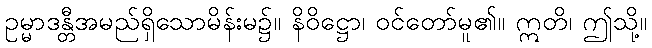
ဥမ္မာဒန္တီအမည်ရှိသောမိန်းမ၌။ နိဝိဋ္ဌော၊ ဝင်တော်မူ၏။ ဣတိ၊ ဤသို့။